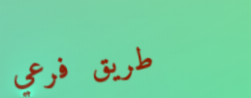
طريق فرعي